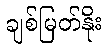
ချစ်မြတ်နိုး